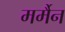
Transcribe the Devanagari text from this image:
मर्मैन